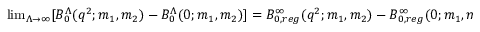
\begin{array} { r } { \operatorname* { l i m } _ { \Lambda \rightarrow \infty } [ B _ { 0 } ^ { \Lambda } ( q ^ { 2 } ; m _ { 1 } , m _ { 2 } ) - B _ { 0 } ^ { \Lambda } ( 0 ; m _ { 1 } , m _ { 2 } ) ] = B _ { 0 , r e g } ^ { \infty } ( q ^ { 2 } ; m _ { 1 } , m _ { 2 } ) - B _ { 0 , r e g } ^ { \infty } ( 0 ; m _ { 1 } , m _ { 2 } ) , } \end{array}